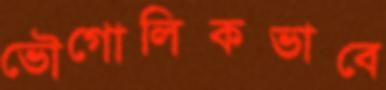
ভৌগোলিকভাবে